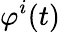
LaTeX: \varphi^{i}(t)